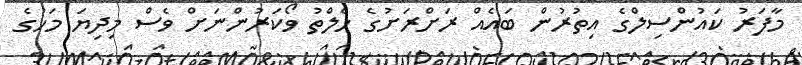
މާފަރު ކައުންސިލްގެ އިތުރުން ބައެއް ރަށްރަށުގެ ހެލްތު ވޯކަރުންނަށް ވެސް މިދިޔަ މަހުގެ